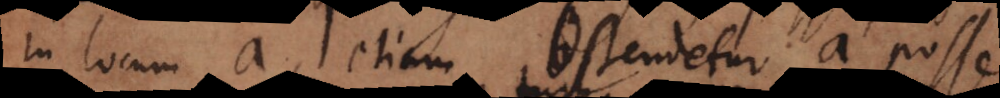
in locum a, etiam ostendetur a posse